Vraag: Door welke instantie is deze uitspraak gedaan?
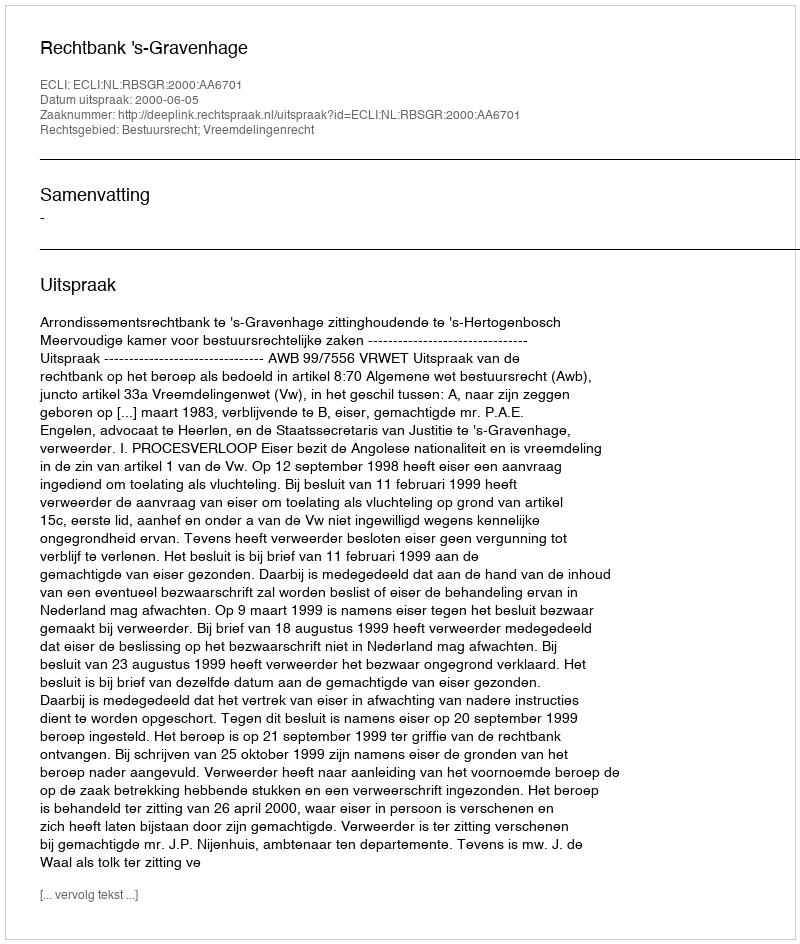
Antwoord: Rechtbank 's-Gravenhage